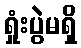
ရှုံးပွဲမရှိ